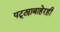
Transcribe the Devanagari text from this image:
पट्ट्याबाहेरही